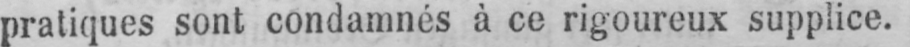
pratiques sont condamnés à ce rigoureux supplice.